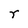
Character: r